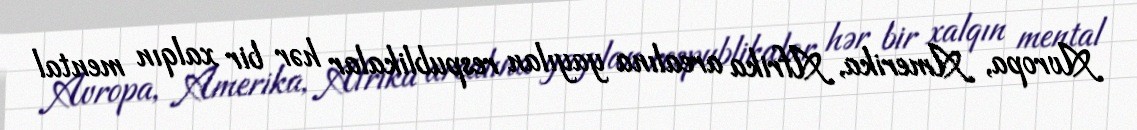
Avropa, Amerika, Afrika arealına yayılan respublikalar hər bir xalqın mental